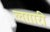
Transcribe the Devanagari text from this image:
लग़ारी